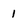
Character: 1